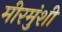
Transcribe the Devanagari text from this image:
मीरमुंशी